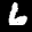
Label: 6